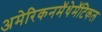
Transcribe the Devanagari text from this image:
अमेरिकनमॅथेमॅटिकल